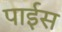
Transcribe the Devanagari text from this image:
पाईस